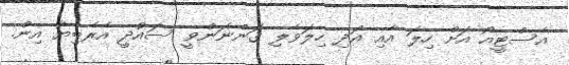
އެސްޓީއޯ އަށް ހިލަ އާއި އަދި ހިލަވެލި ގަންނަންވީ ސައުދީ އެރެބިޔާ އިން.